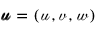
\pmb { \mathscr { u } } = ( \mathscr { u } , \mathscr { v } , \mathscr { w } )